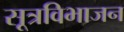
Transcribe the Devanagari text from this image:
सूत्रविभाजन